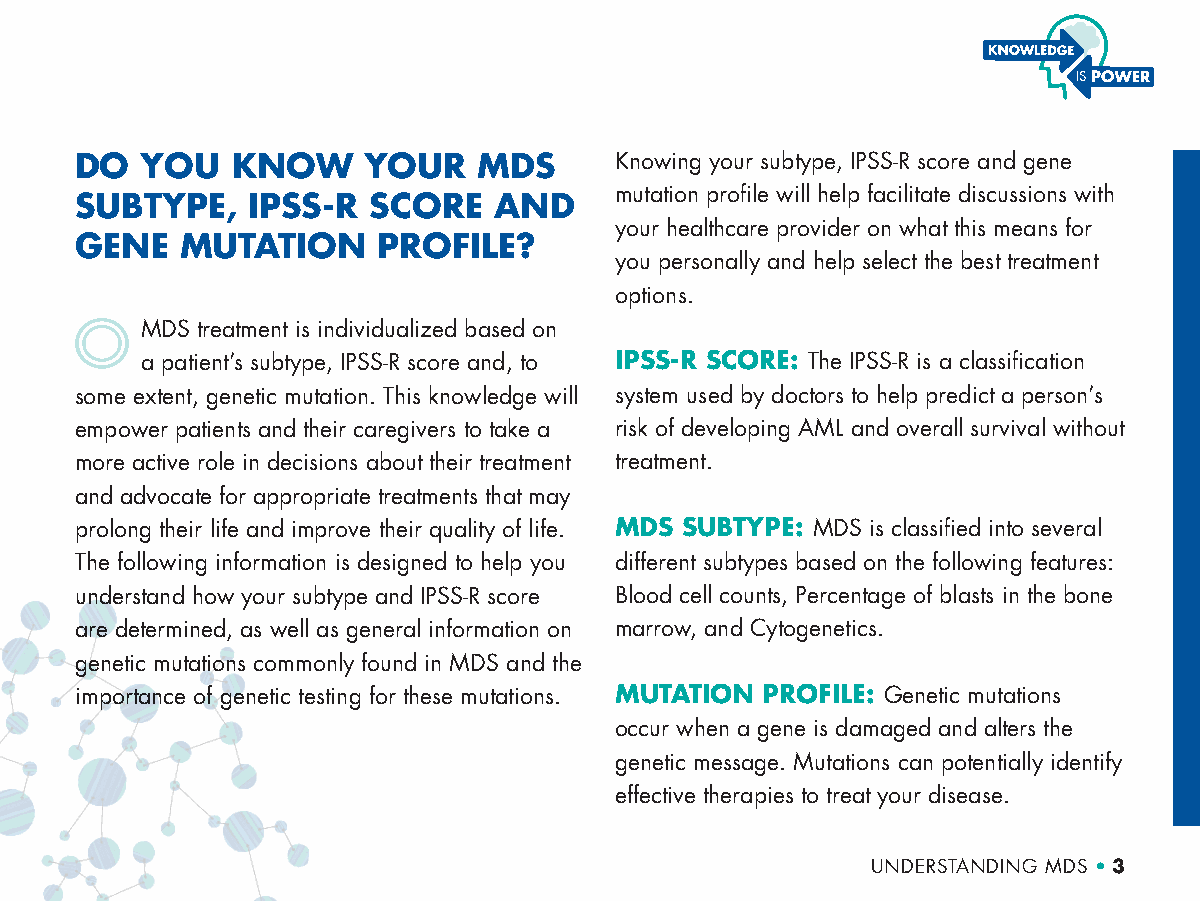
DO  YOU   KNOW     YOUR    MDS      Knowing your subtype, IPSS-R score and gene
 mutation profile will help facilitate discussions with
 SUBTYPE,   IPSS-R  SCORE    AND
 your healthcare provider on what this means for
 GENE   MUTATION     PROFILE?
 you personally and help select the best treatment
 options.
 MDS treatment is individualized based on
 a patient’s subtype, IPSS-R score and, to IPSS-R SCORE: The IPSS-R is a classification
 some extent, genetic mutation. This knowledge will system used by doctors to help predict a person’s
 empower patients and their caregivers to take a risk of developing AML and overall survival without
 more active role in decisions about their treatment treatment.
 and advocate for appropriate treatments that may
 prolong their life and improve their quality of life. MDS SUBTYPE: MDS is classified into several
 The following information is designed to help you different subtypes based on the following features:
 understand how your subtype and IPSS-R score Blood cell counts, Percentage of blasts in the bone
 are determined, as well as general information on marrow, and Cytogenetics.
 genetic mutations commonly found in MDS and the
 importance of genetic testing for these mutations. MUTATION PROFILE: Genetic mutations
 occur when a gene is damaged and alters the
 genetic message. Mutations can potentially identify
 effective therapies to treat your disease.
 UNDERSTANDING MDS • 3